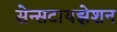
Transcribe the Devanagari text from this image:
सेन्सटायझेशन